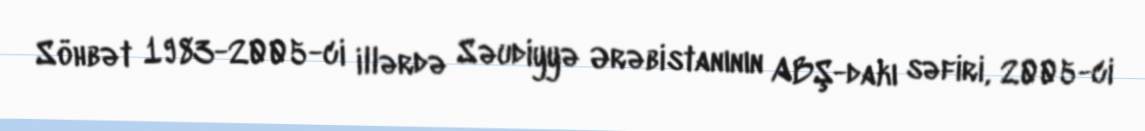
Söhbət 1983-2005-ci illərdə Səudiyyə Ərəbistanının ABŞ-dakı səfiri, 2005-ci